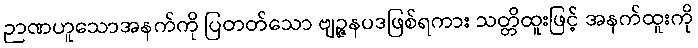
ဉာဏဟူသောအနက်ကို ပြတတ်သော ဗျဉ္ဇနပဒဖြစ်ရကား သတ္တိထူးဖြင့် အနက်ထူးကို